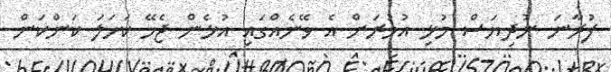
ފުރާނަ ނުދިޔަސް މުޅި އުމުރަށް އެ ވޭނެއްގައި އުޅެން ޖެހޭ ކަހަލަ ކަންކަން